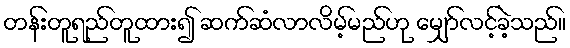
တန်းတူရည်တူထား၍ ဆက်ဆံလာလိမ့်မည်ဟု မျှော်လင့်ခဲ့သည်။